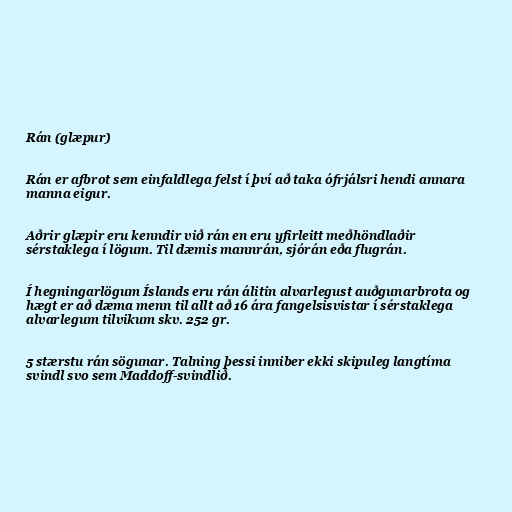
Rán (glæpur)

Rán er afbrot sem einfaldlega felst í því að taka ófrjálsri hendi annara
manna eigur.

Aðrir glæpir eru kenndir við rán en eru yfirleitt meðhöndlaðir
sérstaklega í lögum. Til dæmis mannrán, sjórán eða flugrán.

Í hegningarlögum Íslands eru rán álitin alvarlegust auðgunarbrota og
hægt er að dæma menn til allt að 16 ára fangelsisvistar í sérstaklega
alvarlegum tilvikum skv. 252 gr.

5 stærstu rán sögunar. Talning þessi inniber ekki skipuleg langtíma
svindl svo sem Maddoff-svindlið.